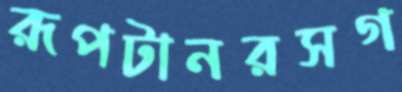
রূপটানরসগ